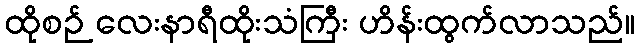
ထိုစဉ် လေးနာရီထိုးသံကြီး ဟိန်းထွက်လာသည်။